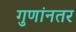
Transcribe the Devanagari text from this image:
गुणांनतर